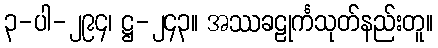
၃-ပါ-၂၉၄၊ ဋ္ဌ-၂၄၃။ အဿခဠုင်္ကသုတ်နည်းတူ။